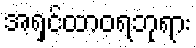
အရှင်ထာဝရဘုရား